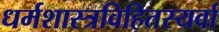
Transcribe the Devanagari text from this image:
धर्मशास्त्रविहितस्यर्वा